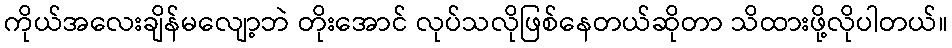
ကိုယ်အလေးချိန်မလျော့ဘဲ တိုးအောင် လုပ်သလိုဖြစ်နေတယ်ဆိုတာ သိထားဖို့လိုပါတယ်။